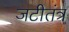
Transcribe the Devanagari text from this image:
जटीतंत्र